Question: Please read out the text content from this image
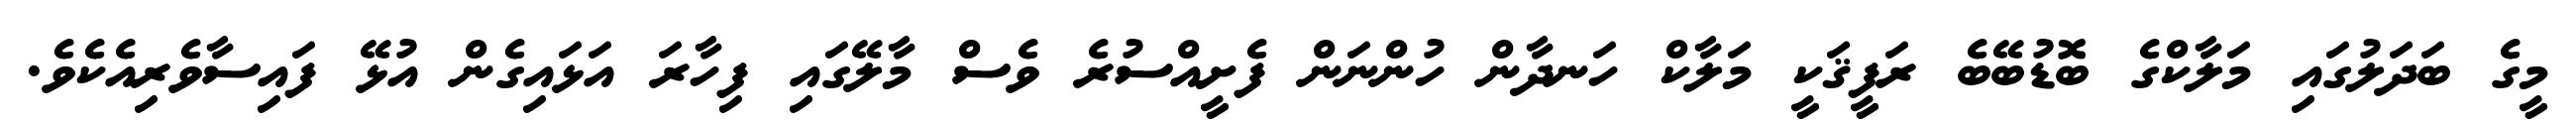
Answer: މީގެ ބަދަލުގައި މަލާކްގެ ބޮޑުބޭބެ ރަފީޤަކީ މަލާކް ހަނދާން ހުންނަން ފެށީއްސުރެ ވެސް މާލޭގައި ފިހާރަ އަޅައިގެން އުޅޭ ފައިސާވެރިއެކެވެ.